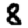
Digit: 8